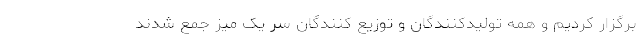
برگزار کردیم و همه تولیدکنندگان و توزیع کنندگان سر یک میز جمع شدند